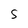
Character: s